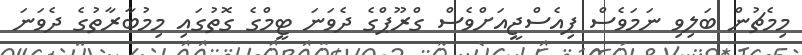
މިމެޗުން ބަލިވި ނަމަވެސް ޕިއެސްޖީއަށްވެސް ގްރޫޕްގެ ދެވަނަ ޓީމްގެ ގޮތުގައި މިމުބާރާތުގެ ދެވަނަ